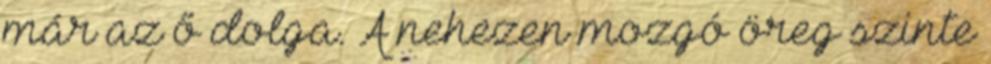
már az ő dolga. A nehezen mozgó öreg szinte